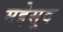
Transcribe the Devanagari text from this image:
मद्देसूद